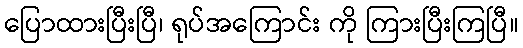
ပြောထားပြီးပြီ၊ ရုပ်အကြောင်း ကို ကြားပြီးကြပြီ။